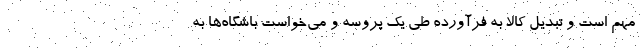
مهم است و تبدیل کالا به فرآورده طی یک پروسه و می‌خواست باشگاه‌ها به